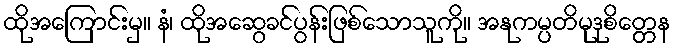
ထိုအကြောင်းမှ။ နံ၊ ထိုအဆွေခင်ပွန်းဖြစ်သောသူကို။ အနုကမ္ပတိမုဒုစိတ္တေန